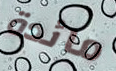
مائدة